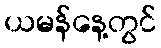
ယမန်နေ့တွင်